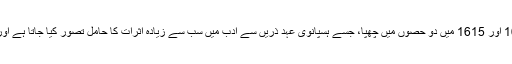
1 – ڈان کیہوٹے: میگوائل ڈی سروینٹس کا یہ ناول 1605 اور 1615 میں دو حصوں میں چھپا، جسے ہسپانوی عہد ذریں سے ادب میں سب سے زیادہ اثرات کا حامل تصور کیا جاتا ہے اور اب تک اس کی پچاس کروڑ کاپیاں فروخت ہوچکی ہیں۔